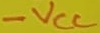
Text: -VCC